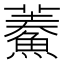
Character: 𩺁